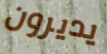
يديرون